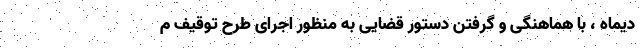
دیماه ، با هماهنگی و گرفتن دستور قضایی به منظور اجرای طرح توقیف م